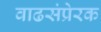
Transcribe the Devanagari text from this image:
वाढसंप्रेरक